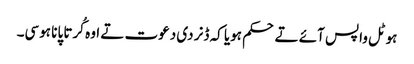
ہوٹل واپس آئے تے حکم ہویا کہ ڈنر دی دعوت تے اوہ کُرتا پانا ہوسی۔